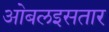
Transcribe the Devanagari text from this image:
ओबलइसतार